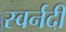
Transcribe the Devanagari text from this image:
स्वर्नदी